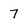
Character: 7